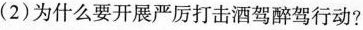
(2)为什么要开展严厉打击酒驾醉驾行动?